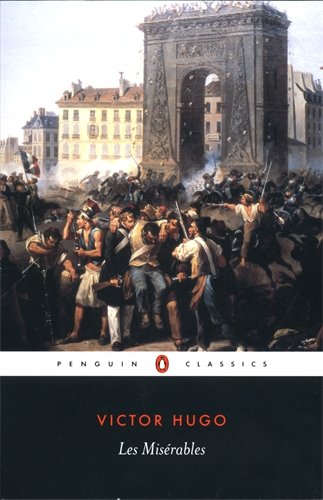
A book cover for Les Miserables (Penguin Classics); Victor Hugo; Science Fiction & Fantasy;